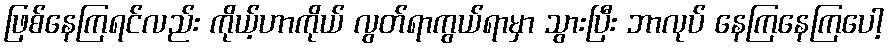
ဖြစ်နေကြရင်လည်း ကိုယ့်ဟာကိုယ် လွတ်ရာကွယ်ရာမှာ သွားပြီး ဘာလုပ် နေကြနေကြပေါ့